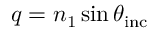
q = n _ { 1 } \sin \theta _ { \mathrm { i n c } }